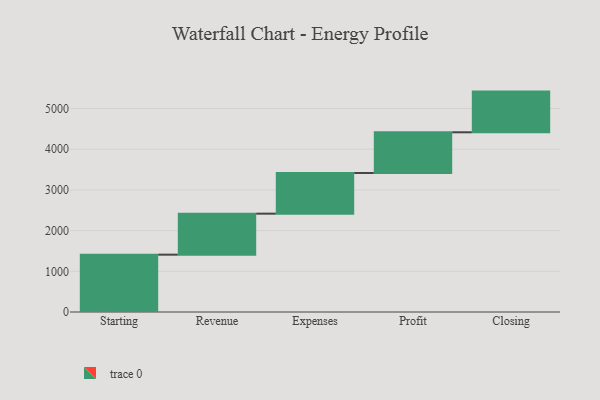
{"axis": {"x": "Step", "y": "Value"}, "legend": [""], "data": [{"x": "Starting", "y": 1409.0, "type": ""}, {"x": "Revenue", "y": 1008.0, "type": ""}, {"x": "Expenses", "y": 1000, "type": ""}, {"x": "Profit", "y": 1000, "type": ""}, {"x": "Closing", "y": 1000, "type": ""}]}